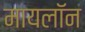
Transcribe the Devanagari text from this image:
मायलॉन